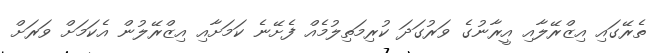
ތެރޭގައި އިޒްރޭލާއި އީރާނުގެ ވަރުގަދަ ކުރިމަތިލުމެއް ފެށޭނެ ކަމަށާއި އިޒްރޭލުން އެކަމަށް ވަރަށް